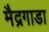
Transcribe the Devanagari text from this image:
मैद्रगाडा